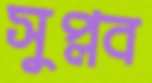
সুপ্লব